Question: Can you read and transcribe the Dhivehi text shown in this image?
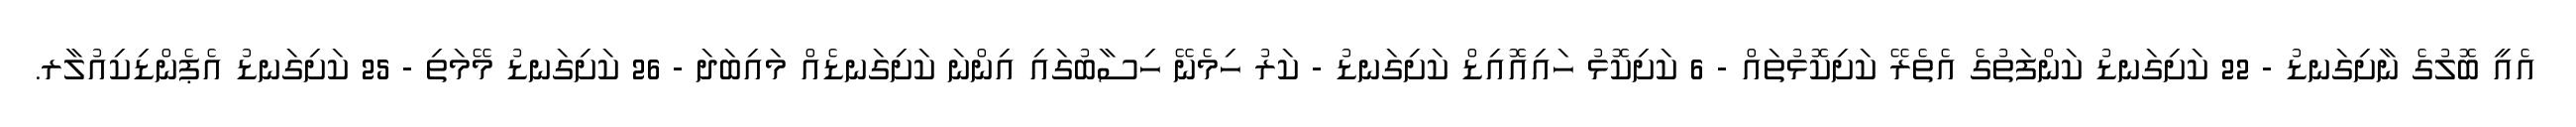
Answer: އެއީ ބޮލުގެ ނާށިގަނޑު - 22 ކަށިގަނޑު ކަންފަތުގެ އެތެރޭ ކަށިކޮޅުތައް - 6 ކަށިކޮޅު ހައިއޮއިޑް ކަށިގަނޑު - ކަރު ހިމެނޭ ހިސާބުގައި އިންނަ ކަށިގަނޑެއް މައިބަދަ - 26 ކަށިގަނޑު މޭމަތި - 25 ކަށިގަނޑު އެޕެންޑިކިއުލާރ.